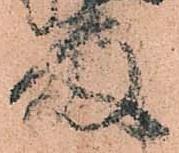
殿